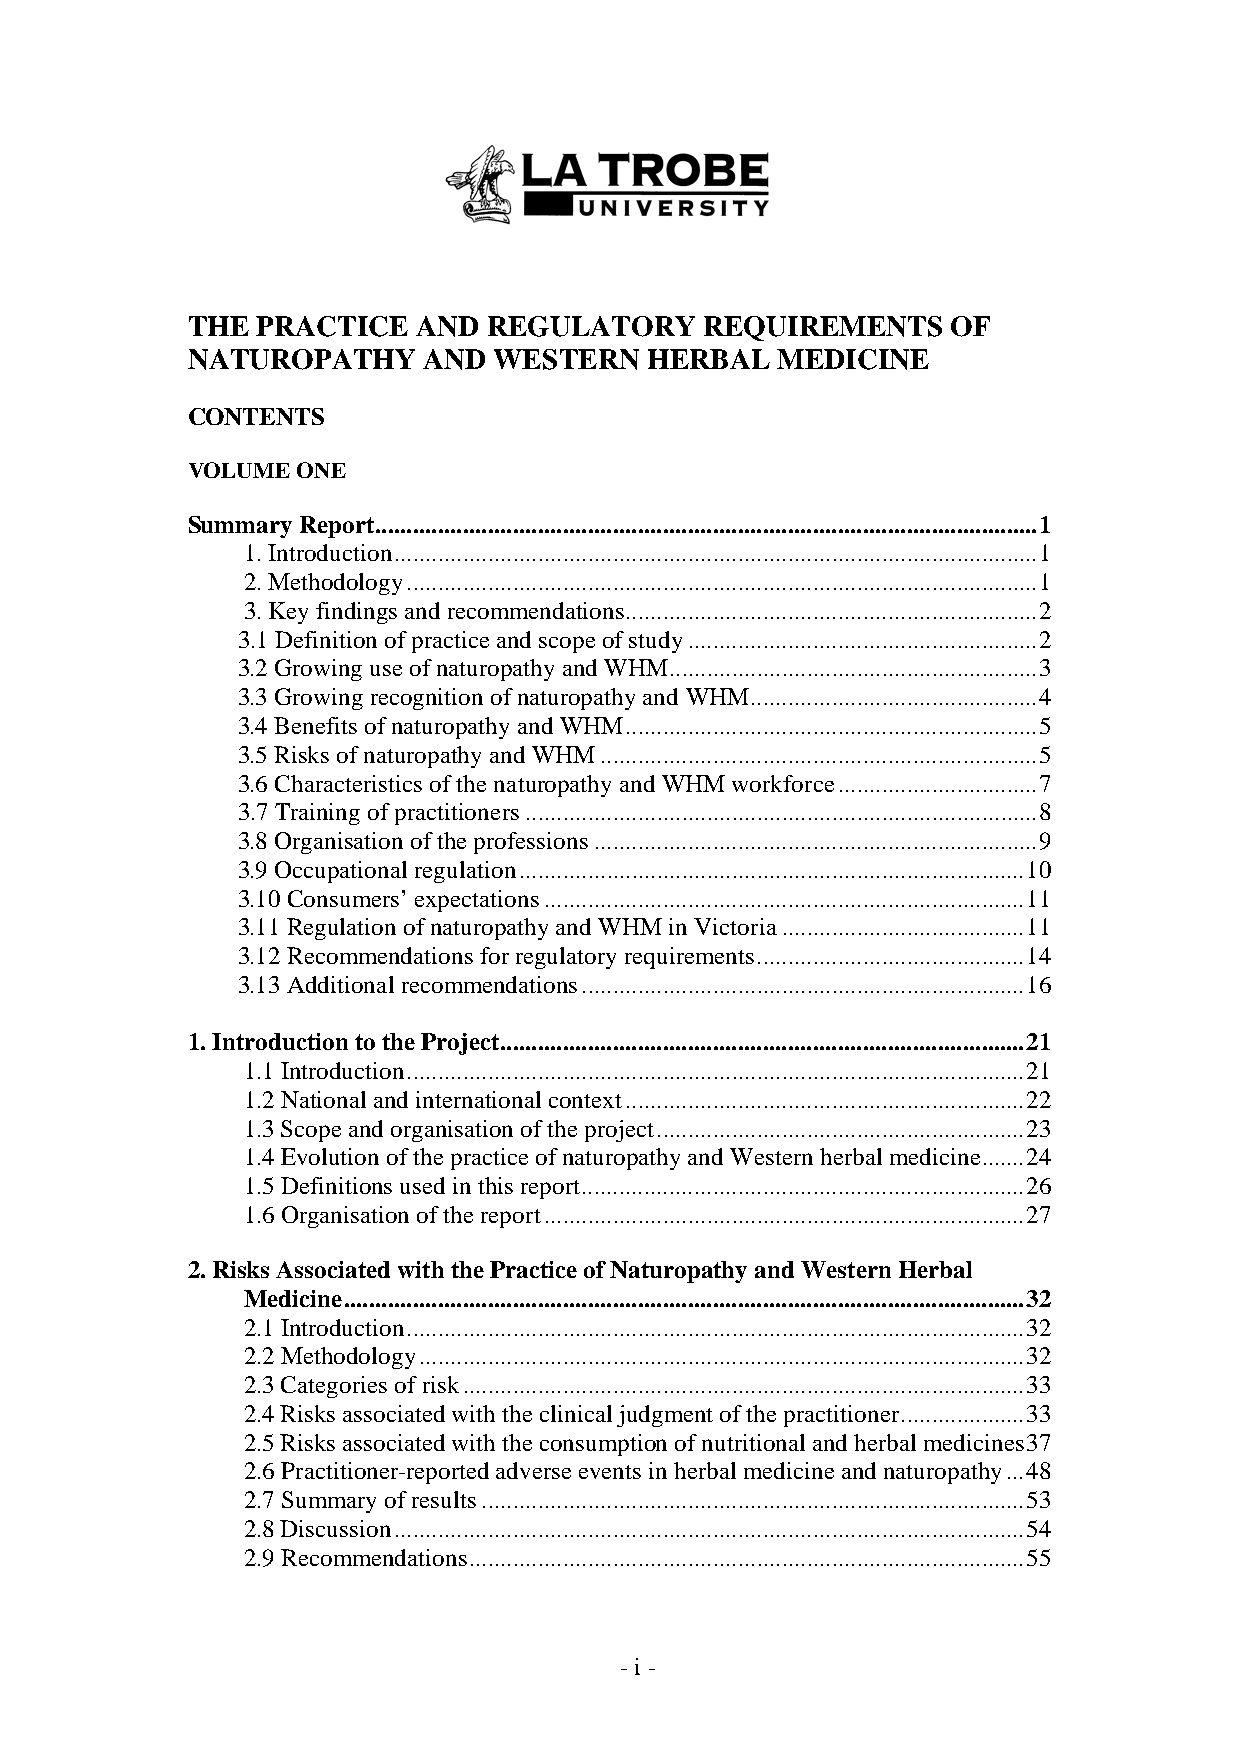
THE  PRACTICE   AND REGULATORY     REQUIREMENTS    OF
 NATUROPATHY     AND  WESTERN   HERBAL  MEDICINE
 CONTENTS
 VOLUME  ONE
 Summary Report..........................................................................................................1
 1. Introduction.......................................................................................................1
 2. Methodology.....................................................................................................1
 3. Key findings and recommendations..................................................................2
 3.1 Definition of practice and scope of study........................................................2
 3.2 Growing use of naturopathy and WHM...........................................................3
 3.3 Growing recognition of naturopathy and WHM..............................................4
 3.4 Benefits of naturopathy and WHM..................................................................5
 3.5 Risks of naturopathy and WHM......................................................................5
 3.6 Characteristics of the naturopathy and WHM workforce................................7
 3.7 Training of practitioners..................................................................................8
 3.8 Organisation of the professions.......................................................................9
 3.9 Occupational regulation.................................................................................10
 3.10 Consumers’ expectations.............................................................................11
 3.11 Regulation of naturopathy and WHM in Victoria.......................................11
 3.12 Recommendations for regulatory requirements...........................................14
 3.13 Additional recommendations.......................................................................16
 1. Introduction to the Project....................................................................................21
 1.1 Introduction...................................................................................................21
 1.2 National and international context................................................................22
 1.3 Scope and organisation of the project...........................................................23
 1.4 Evolution of the practice of naturopathy and Western herbal medicine.......24
 1.5 Definitions used in this report.......................................................................26
 1.6 Organisation of the report.............................................................................27
 2. Risks Associated with the Practice of Naturopathy and Western Herbal
 Medicine.............................................................................................................32
 2.1 Introduction...................................................................................................32
 2.2 Methodology.................................................................................................32
 2.3 Categories of risk..........................................................................................33
 2.4 Risks associated with the clinical judgment of the practitioner....................33
 2.5 Risks associated with the consumption of nutritional and herbal medicines37
 2.6 Practitioner-reported adverse events in herbal medicine and naturopathy...48
 2.7 Summary of results.......................................................................................53
 2.8 Discussion.....................................................................................................54
 2.9 Recommendations.........................................................................................55
 - i -